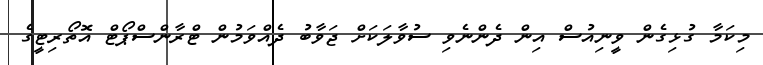
މިކަމާ ގުޅިގެން ވީނިއުސް އިން ދެންނެވި ސުވާލަކަށް ޖަވާބު ދެއްވަމުން ޓްރާންސްޕޯޓް އޮތޯރިޓީގެ